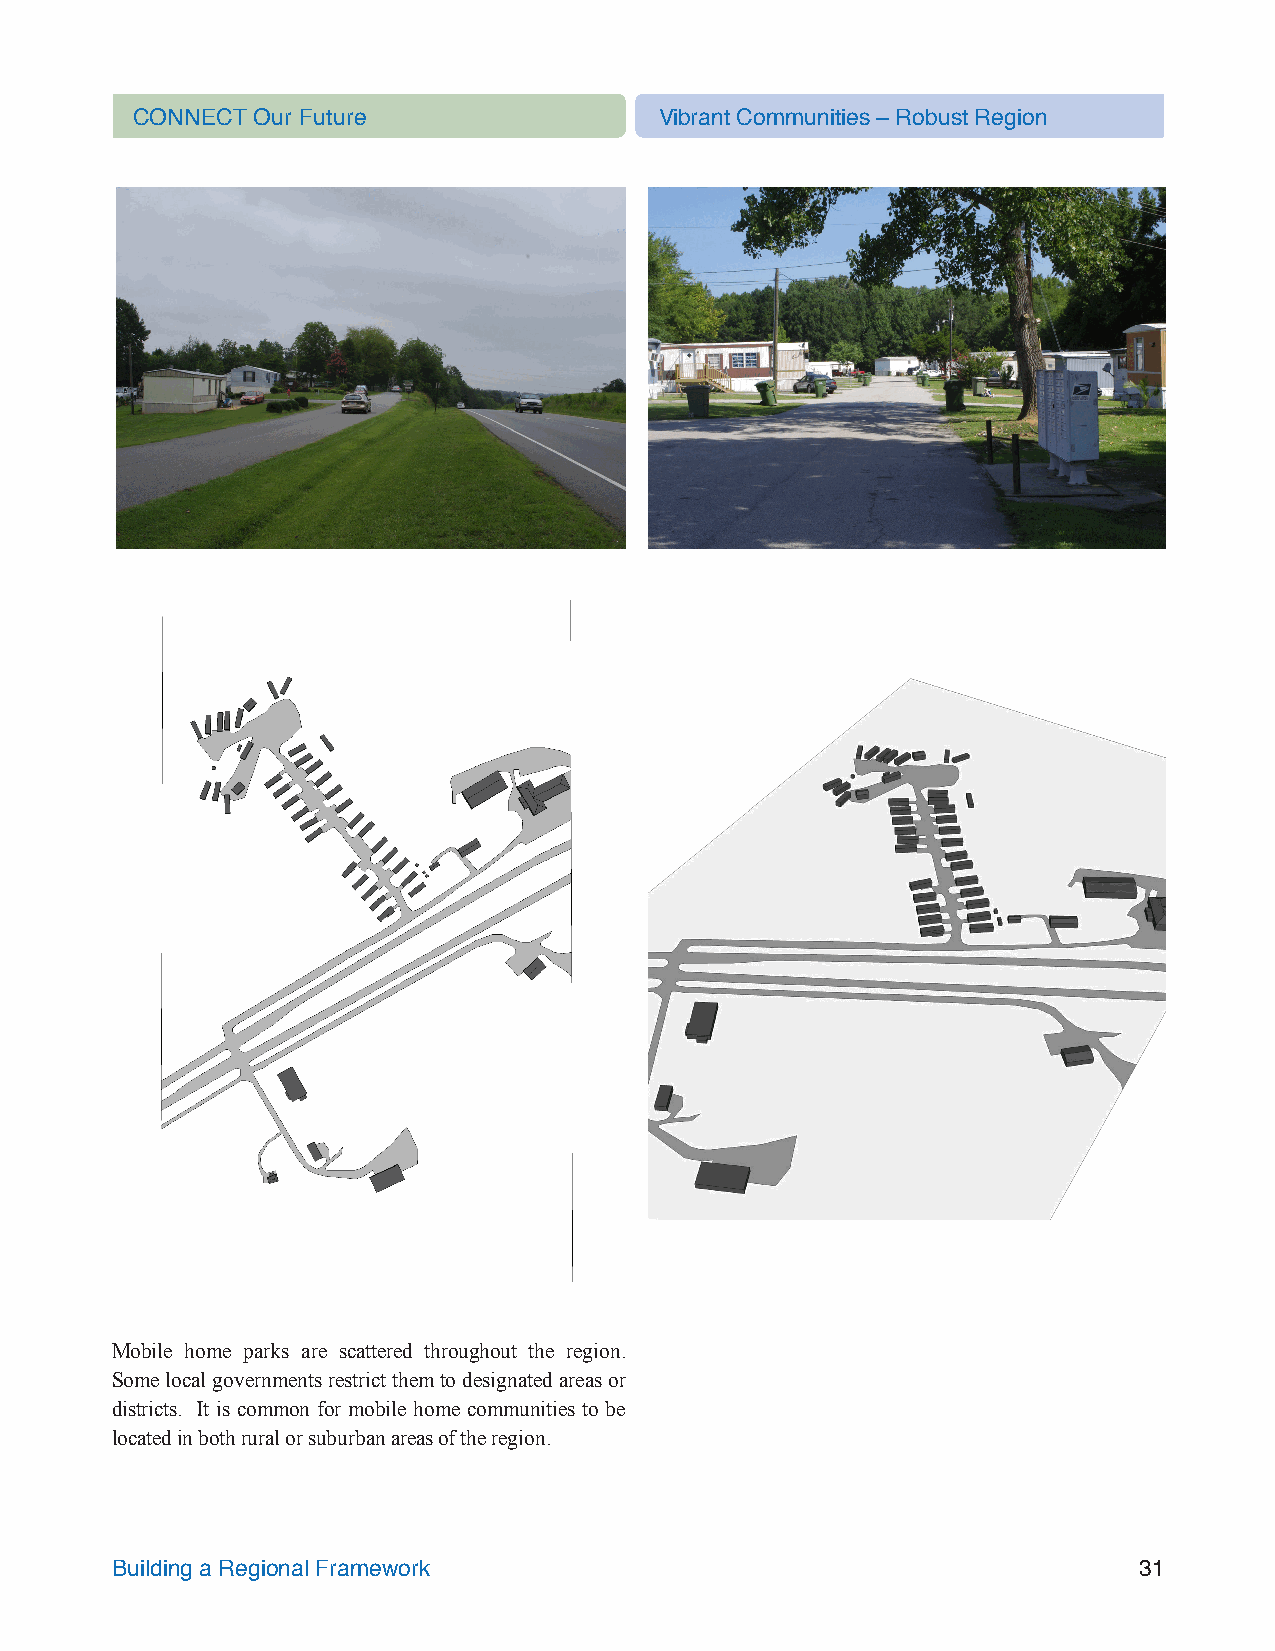
CONNECT Our Future                 Vibrant Communities – Robust Region
 Mobile home parks are scattered throughout the region.
 Some local governments restrict them to designated areas or
 districts. It is common for mobile home communities to be
 located in both rural or suburban areas of the region.
 Building a Regional Framework                                       31